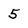
Character: 5